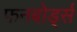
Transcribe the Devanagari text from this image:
फनबोर्ड्स